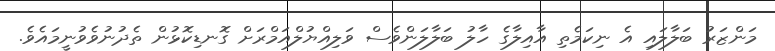
މަންޒަރު ބަލާލައި އެ ނިކަމެތި އާއިލާގެ ހާލު ބަލާލަންވެސް ވަލިއްޔުލްއަމްރަށް ގޮނޑިކޮޅުން ތެދުނުވެވުނީމައެވެ.